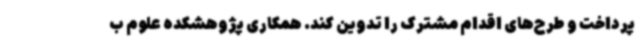
پرداخت و طرح‌های اقدام مشترک را تدوین کند. همکاری پژوهشکده علوم ب